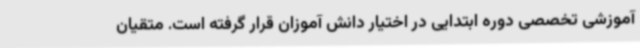
آموزشی تخصصی دوره ابتدایی در اختیار دانش آموزان قرار گرفته است. متقیان